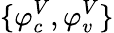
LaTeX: \{ \varphi_{c}^{V},\varphi_{v}^{V}\}